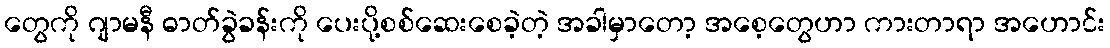
တွေကို ဂျာမနီ ဓာတ်ခွဲခန်းကို ပေးပို့စစ်ဆေးစေခဲ့တဲ့ အခါမှာတော့ အစေ့တွေဟာ ကားတာရာ အဟောင်း